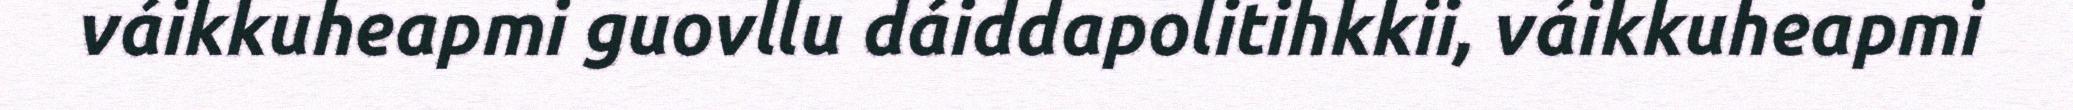
váikkuheapmi guovllu dáiddapolitihkkii, váikkuheapmi